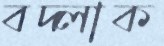
বদ্‌লাক